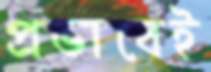
প্রভাবেই